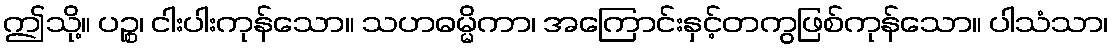
ဤသို့။ ပဉ္စ၊ ငါးပါးကုန်သော။ သဟဓမ္မိကာ၊ အကြောင်းနှင့်တကွဖြစ်ကုန်သော။ ပါသံသာ၊